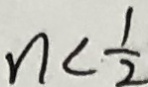
n < \frac { 1 } { 2 }